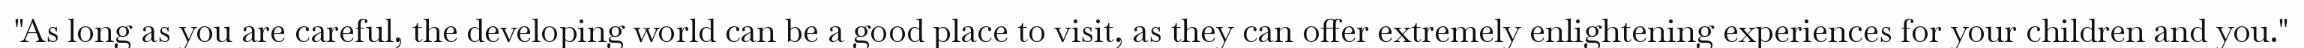
"As long as you are careful, the developing world can be a good place to visit, as they can offer extremely enlightening experiences for your children and you."